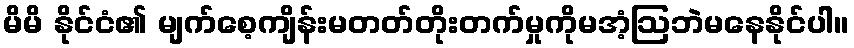
မိမိ နိုင်ငံ၏ မျက်စေ့ကျိန်းမတတ်တိုးတက်မှုကိုမအံ့ဩဘဲမနေနိုင်ပါ။